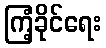
ကြံ့ခိုင်ရေး